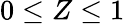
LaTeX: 0\le Z\le 1